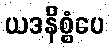
ယဒနိစ္စံပေ